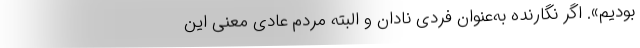
بودیم». اگر نگارنده به‌عنوان فردی نادان و البته مردم عادی معنی این